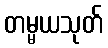
တမ္မယသုတ်